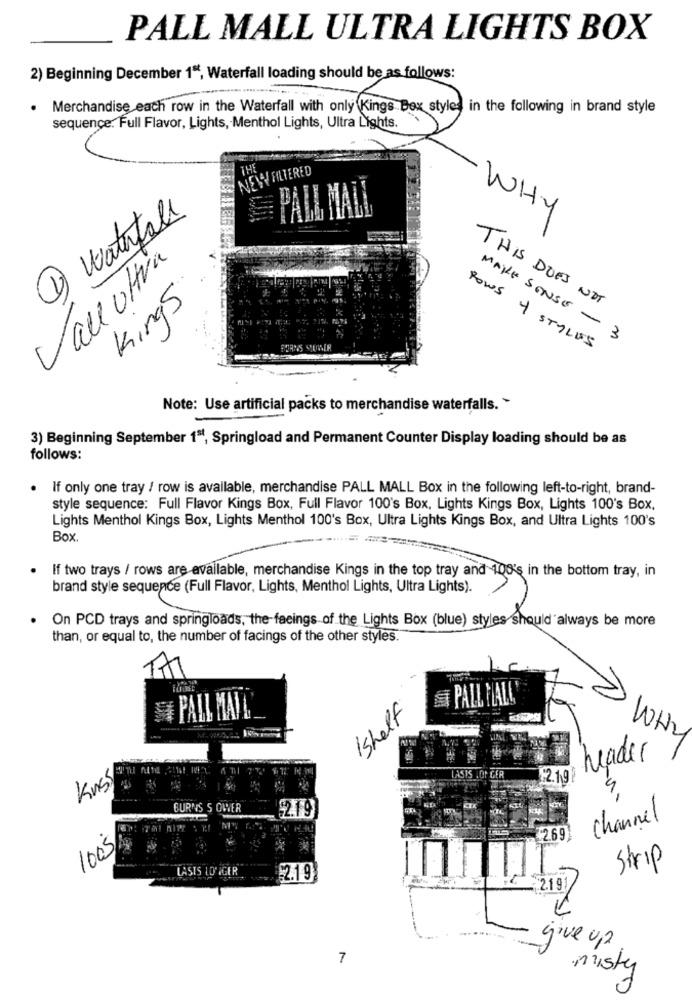
PALL MALL ULTRA LIGHTS BOX
2) Beginning December 1", Waterfall loading should be as follows:
. Merchandise each row in the Waterfall with only Kings Box styles in the following in brand style
sequence: Full Flavor, Lights, Menthol Lights, Ultra Lights.
NEW FILTERED
PALL MALL
1 waterfall
WHY
Vall ultra
Kings
THIS DOES NOT
MAKE SENSE - 3
ROWS + STYLES
Note: Use artificial packs to merchandise waterfalls. "
3) Beginning September 181, Springload and Permanent Counter Display loading should be as
follows:
. If only one tray / row is available, merchandise PALL MALL Box in the following left-to-right, brand-
style sequence: Full Flavor Kings Box, Full Flavor 100's Box, Lights Kings Box, Lights 100's Box.
Lights Menthol Kings Box, Lights Menthol 100's Box, Ultra Lights Kings Box, and Ultra Lights 100's
Box.
If two trays / rows are available, merchandise Kings in the top tray and 100's in the bottom tray, in
brand style sequence (Full Flavor, Lights, Menthol Lights, Ultra Lights).
On PCD trays and springloads, the-faeings of the Lights Box (blue) styles should always be more
than, or equal to, the number of facings of the other styles.
EST PALL MALL
PALL MALL
Ishelf
WH2
header
LASIS JON GER
62.19
Kuss
BURNS S OWER
$2.19
Channel
M
2.69
1005
LASIS LONIGER
Strip
2.19
2.1 9
give up
7
misty